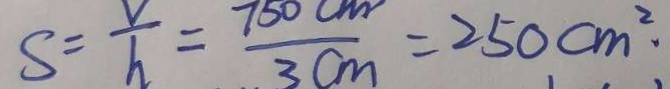
S = \frac { V } { h } = \frac { 7 5 0 c m } { 3 c m } = 2 5 0 c m ^ { 2 } \cdot